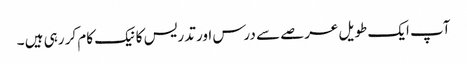
آپ ایک طویل عرصے سے درس اور تدریس کا نیک کام کر رہی ہیں ۔